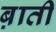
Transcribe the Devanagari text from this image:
ब़ाती